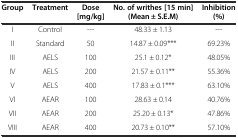
| Group | Treatment | Dose [mg/kg] | No. of writhes [15 min] (Mean ± S.E.M) | Inhibition (%) |
 | --- | --- | --- | --- | --- |
 | I | Control | --- | 48.33 ± 1.13 | --- |
 | II | Standard | 50 | 14.87 ± 0.09*** | 69.23% |
 | III | AELS | 100 | 25.1 ± 0.12* | 48.05% |
 | IV | AELS | 200 | 21.57 ± 0.11** | 55.36% |
 | V | AELS | 400 | 17.83 ± 0.1*** | 63.10% |
 | VI | AEAR | 100 | 28.63 ± 0.14 | 40.76% |
 | VII | AEAR | 200 | 25.20 ± 0.13* | 47.86% |
 | VIII | AEAR | 400 | 20.73 ± 0.10** | 57.10% |